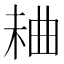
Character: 𣒠